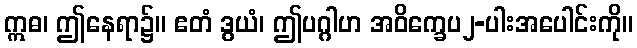
ဣဓ၊ ဤနေရာ၌။ ဧတံ ဒွယံ၊ ဤပဂ္ဂါဟ အဝိက္ခေပ၂-ပါးအပေါင်းကို။